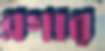
ব্লগার